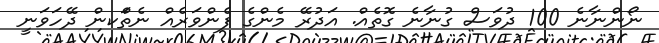
ނޯންނާނެ 100 ދުވަސް ގުނާނެ ގޮތެއް. އަދުރޭ މެންގެ ފެންވަރެއް ނެތްަކން ދޭހަވަނީ